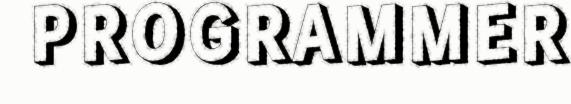
PROGRAMMER